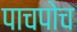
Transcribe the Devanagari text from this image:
पाचपोच